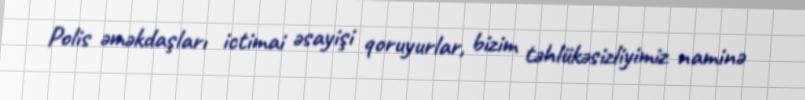
Polis əməkdaşları ictimai əsayişi qoruyurlar, bizim təhlükəsizliyimiz naminə